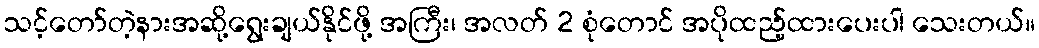
သင့်တော်တဲ့နားအဆို့ရွေးချယ်နိုင်ဖို့ အကြီး၊ အလတ် 2 စုံတောင် အပိုထည့်ထားပေးပါ သေးတယ်။